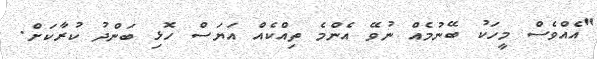
"އެއްވެސް މީހަކު ބޭނުމެއް ނުވޭ އެންމެ ތިއްކެއް އަޔަސް ހޮޅި ބަންދު ކުރާކަށް.